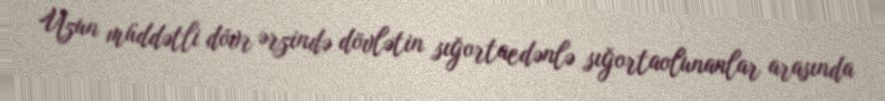
Uzun müddətli dövr ərzində dövlətin sığortaedənlə sığortaolunanlar arasında